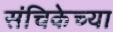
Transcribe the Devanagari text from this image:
संचिकेच्या